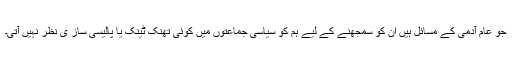
جو عام آدمی کے مسائل ہیں ان کو سمجھنے کے لیے ہم کو سیاسی جماعتوں میں کوئی تھنک ٹینک یا پالیسی ساز ی نظر نہیں آتی۔